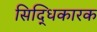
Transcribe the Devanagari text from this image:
सिद्धिकारक